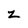
Character: z